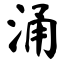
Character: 涌